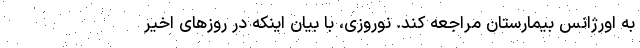
به اورژانس بیمارستان مراجعه کند. نوروزی، با بیان اینکه در روزهای اخیر